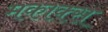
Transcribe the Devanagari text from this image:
मकाक्स